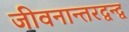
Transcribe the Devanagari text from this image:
जीवनान्तरद्वन्द्व